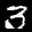
Label: 3